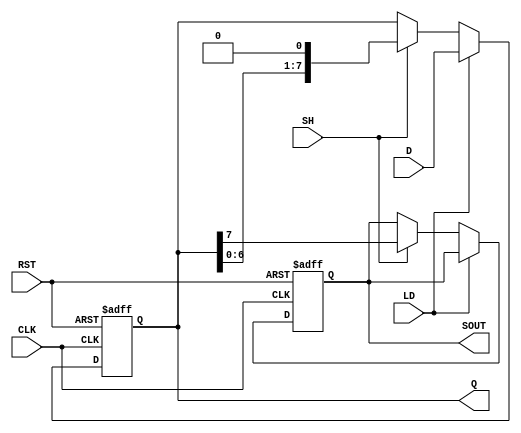
module PISO #(
    parameter SIZE = 8  // Define the size of the register
)(
    input  wire [SIZE-1:0] D,  // Parallel data inputs
    input  wire LD,             // Load control signal
    input  wire SH,             // Shift control signal
    input  wire CLK,            // Clock signal
    input  wire RST,            // Asynchronous reset
    output reg  SOUT,           // Serial output
    output reg [SIZE-1:0] Q     // Shifted data output
);

    // Sequential logic for the PISO register
    always @(posedge CLK or posedge RST) begin
        if (RST) begin
            // Reset the register
            Q <= {SIZE{1'b0}}; // Clear the register to 0s
            SOUT <= 1'b0;      // Clear serial output
        end
        else begin
            if (LD) begin
                // Load parallel data into register
                Q <= D;
            end
            else if (SH) begin
                // Shift the data in the register and output serially
                SOUT <= Q[SIZE-1]; // Output the MSB (or first bit)
                Q <= {Q[SIZE-2:0], 1'b0}; // Shift right, fill with 0
            end
        end
    end

endmodule